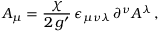
A _ { \mu } = \frac { \chi } { 2 \, g ^ { \prime } } \, \epsilon _ { \mu \nu \lambda } \, \partial ^ { \nu } A ^ { \lambda } \, ,